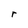
Character: r